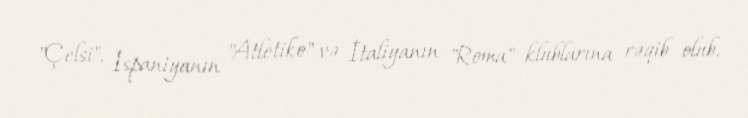
"Çelsi", İspaniyanın "Atletiko" və İtaliyanın "Roma" klublarına rəqib olub.